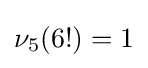
\nu _{5}(6!)=1